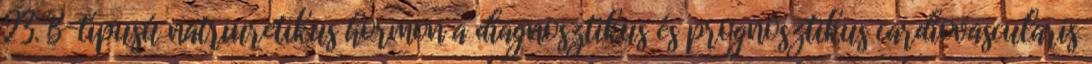
23. B-típusú natriuretikus hormon a diagnosztikus és prognosztikus cardiovascularis